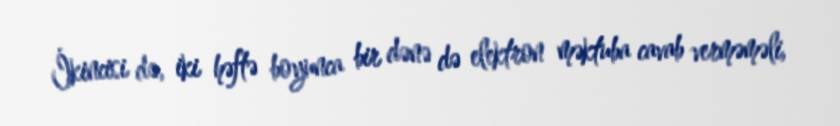
İkincisi də, iki həftə boyunca bir dənə də elektron məktuba cavab verməməli,